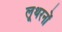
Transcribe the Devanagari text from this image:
लूथरनों